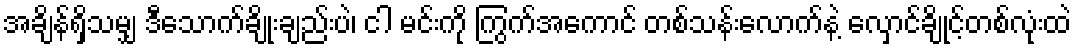
အချိန်ရှိသမျှ ဒီသောက်ချိုးချည်းပဲ၊ ငါ မင်းကို ကြွက်အကောင် တစ်သန်းလောက်နဲ့ လှောင်ချိုင့်တစ်လုံးထဲ